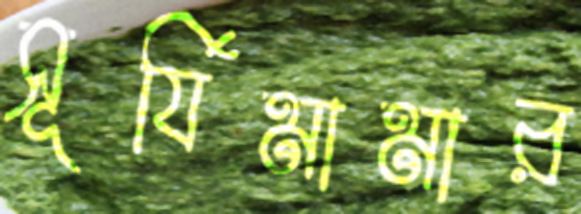
সূর্যিমামার